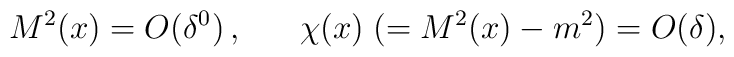
M^2 (x) = O (\delta^0) \, , \;\;\;\;\;\; \chi (x) \; (= M^2 (x) - m^2) = O (\delta) ,